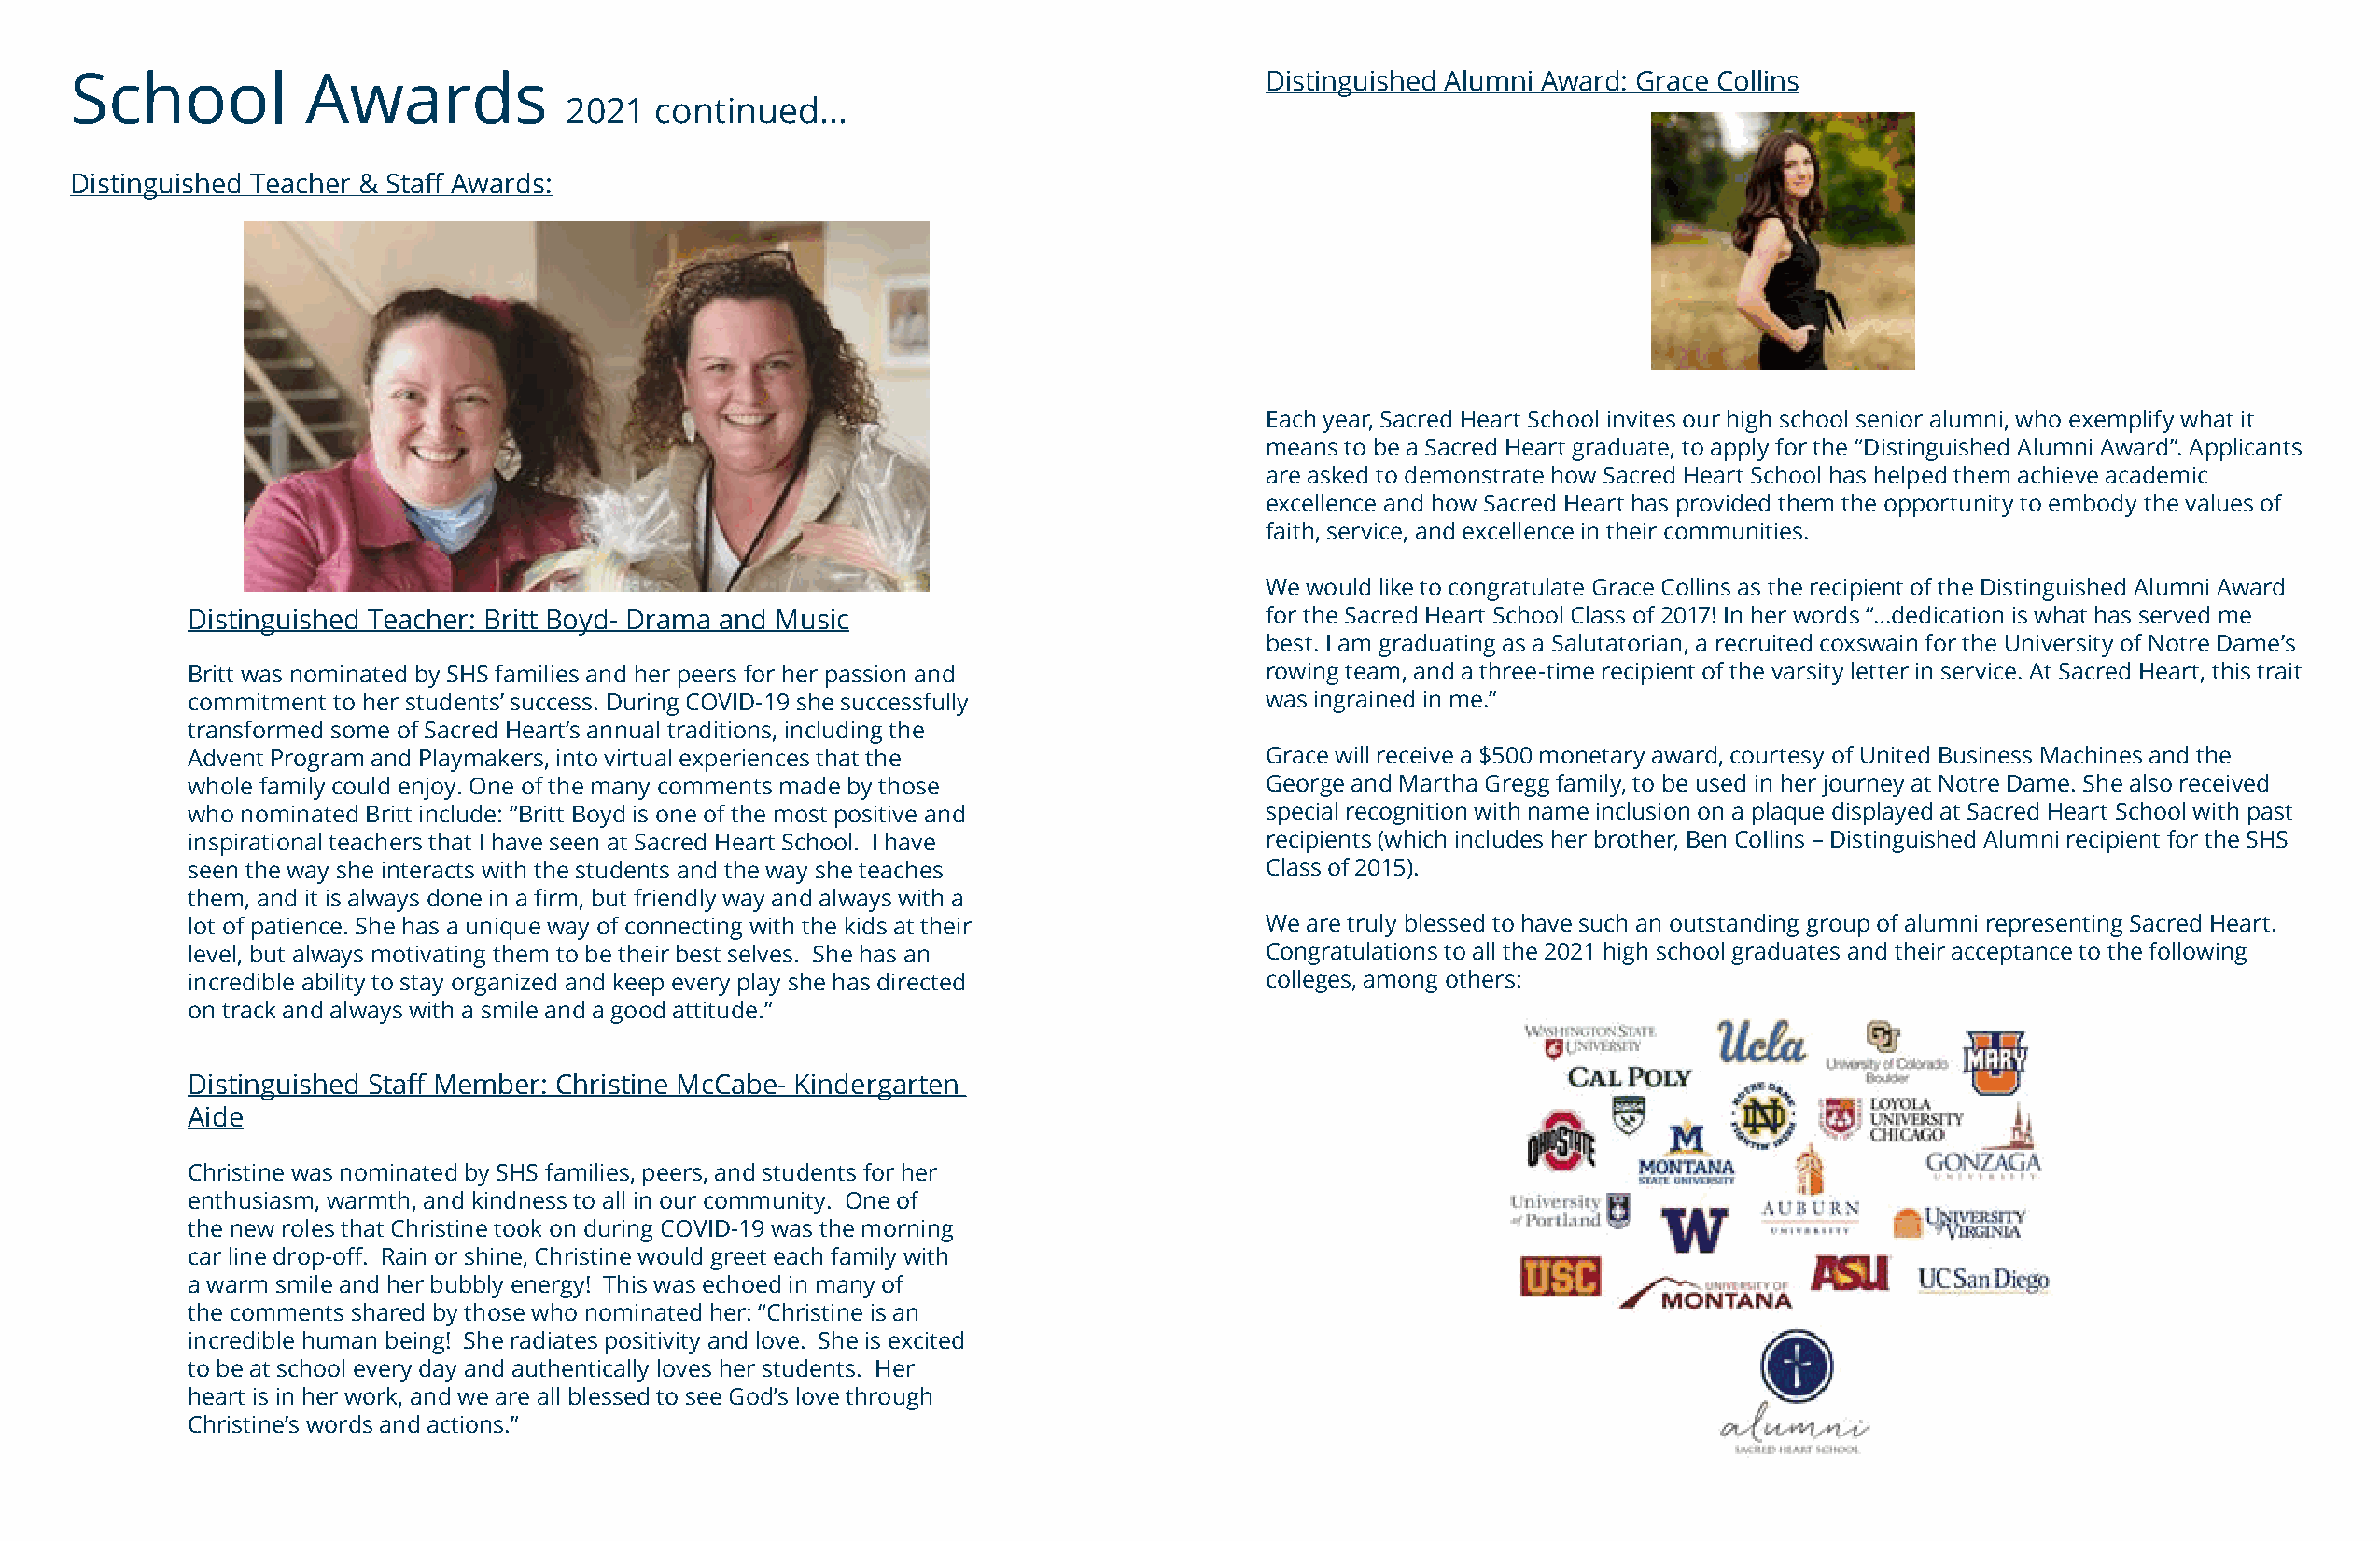
School           Awards                                                              Distinguished Alumni Award: Grace Collins
 2021  continued...
 Distinguished Teacher & Staff Awards:
 Each year, Sacred Heart School invites our high school senior alumni, who exemplify what it
 means to be a Sacred Heart graduate, to apply for the “Distinguished Alumni Award”. Applicants
 are asked to demonstrate how Sacred Heart School has helped them achieve academic
 excellence and how Sacred Heart has provided them the opportunity to embody the values of
 faith, service, and excellence in their communities.
 We would like to congratulate Grace Collins as the recipient of the Distinguished Alumni Award
 Distinguished Teacher: Britt Boyd- Drama and Music                           for the Sacred Heart School Class of 2017! In her words “…dedication is what has served me
 best. I am graduating as a Salutatorian, a recruited coxswain for the University of Notre Dame’s
 Britt was nominated by SHS families and her peers for her passion and        rowing team, and a three-time recipient of the varsity letter in service. At Sacred Heart, this trait
 commitment to her students’ success. During COVID-19 she successfully        was ingrained in me.”
 transformed some of Sacred Heart’s annual traditions, including the
 Advent Program and Playmakers, into virtual experiences that the             Grace will receive a $500 monetary award, courtesy of United Business Machines and the
 whole family could enjoy. One of the many comments made by those             George and Martha Gregg family, to be used in her journey at Notre Dame. She also received
 who nominated Britt include: “Britt Boyd is one of the most positive and     special recognition with name inclusion on a plaque displayed at Sacred Heart School with past
 inspirational teachers that I have seen at Sacred Heart School. I have       recipients (which includes her brother, Ben CoIlins – Distinguished Alumni recipient for the SHS
 seen the way she interacts with the students and the way she teaches         Class of 2015).
 them, and it is always done in a firm, but friendly way and always with a
 lot of patience. She has a unique way of connecting with the kids at their   We are truly blessed to have such an outstanding group of alumni representing Sacred Heart.
 level, but always motivating them to be their best selves. She has an        Congratulations to all the 2021 high school graduates and their acceptance to the following
 incredible ability to stay organized and keep every play she has directed    colleges, among others:
 on track and always with a smile and a good attitude.”
 Distinguished Staff Member: Christine McCabe- Kindergarten
 Aide
 Christine was nominated by SHS families, peers, and students for her
 enthusiasm, warmth, and kindness to all in our community. One of
 the new roles that Christine took on during COVID-19 was the morning
 car line drop-off. Rain or shine, Christine would greet each family with
 a warm smile and her bubbly energy! This was echoed in many of
 the comments shared by those who nominated her: “Christine is an
 incredible human being! She radiates positivity and love. She is excited
 to be at school every day and authentically loves her students. Her
 heart is in her work, and we are all blessed to see God’s love through
 Christine’s words and actions.”